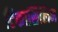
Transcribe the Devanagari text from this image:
टिकार्सिलिन